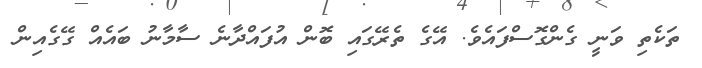
ތަކެތި ވަނީ ގެންގޮސްފައެވެ. އޭގެ ތެރޭގައި ބޮން އުފައްދާނެ ސާމާނު ބައެއް ގޭގެއިން